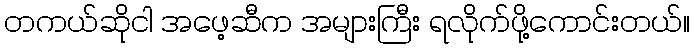
တကယ်ဆိုငါ အဖေ့ဆီက အများကြီး ရလိုက်ဖို့ကောင်းတယ်။